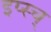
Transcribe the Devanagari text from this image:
इप्स्च्